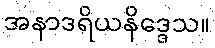
အနာဒရိယနိဒ္ဒေသ။